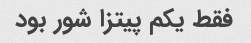
فقط یکم‌ پیتزا شور بود